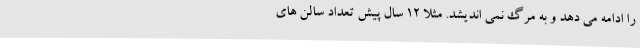
را ادامه می دهد و به مرگ نمی اندیشد. مثلاً ۱۲ سال پیش تعداد سالن های